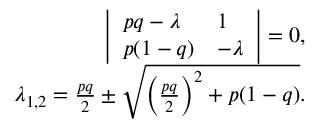
\begin{array} { r } { \left| \begin{array} { l l } { p q - \lambda } & { 1 } \\ { p ( 1 - q ) } & { - \lambda } \end{array} \right| = 0 , } \\ { \lambda _ { 1 , 2 } = \frac { p q } { 2 } \pm \sqrt { \left( \frac { p q } { 2 } \right) ^ { 2 } + p ( 1 - q ) } . } \end{array}